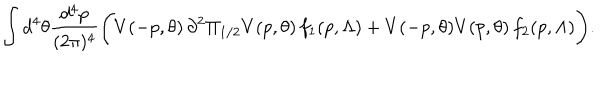
\int d ^ { 4 } \theta \frac { d ^ { 4 } p } { ( 2 \pi ) ^ { 4 } } \Bigg ( V ( - p , \theta ) \, \partial ^ { 2 } \Pi _ { 1 / 2 } V ( p , \theta ) \, f _ { 1 } ( p , \Lambda ) + V ( - p , \theta ) V ( p , \theta ) \, f _ { 2 } ( p , \Lambda ) \Bigg ) .